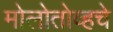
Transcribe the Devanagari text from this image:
मोलोतोव्हचे